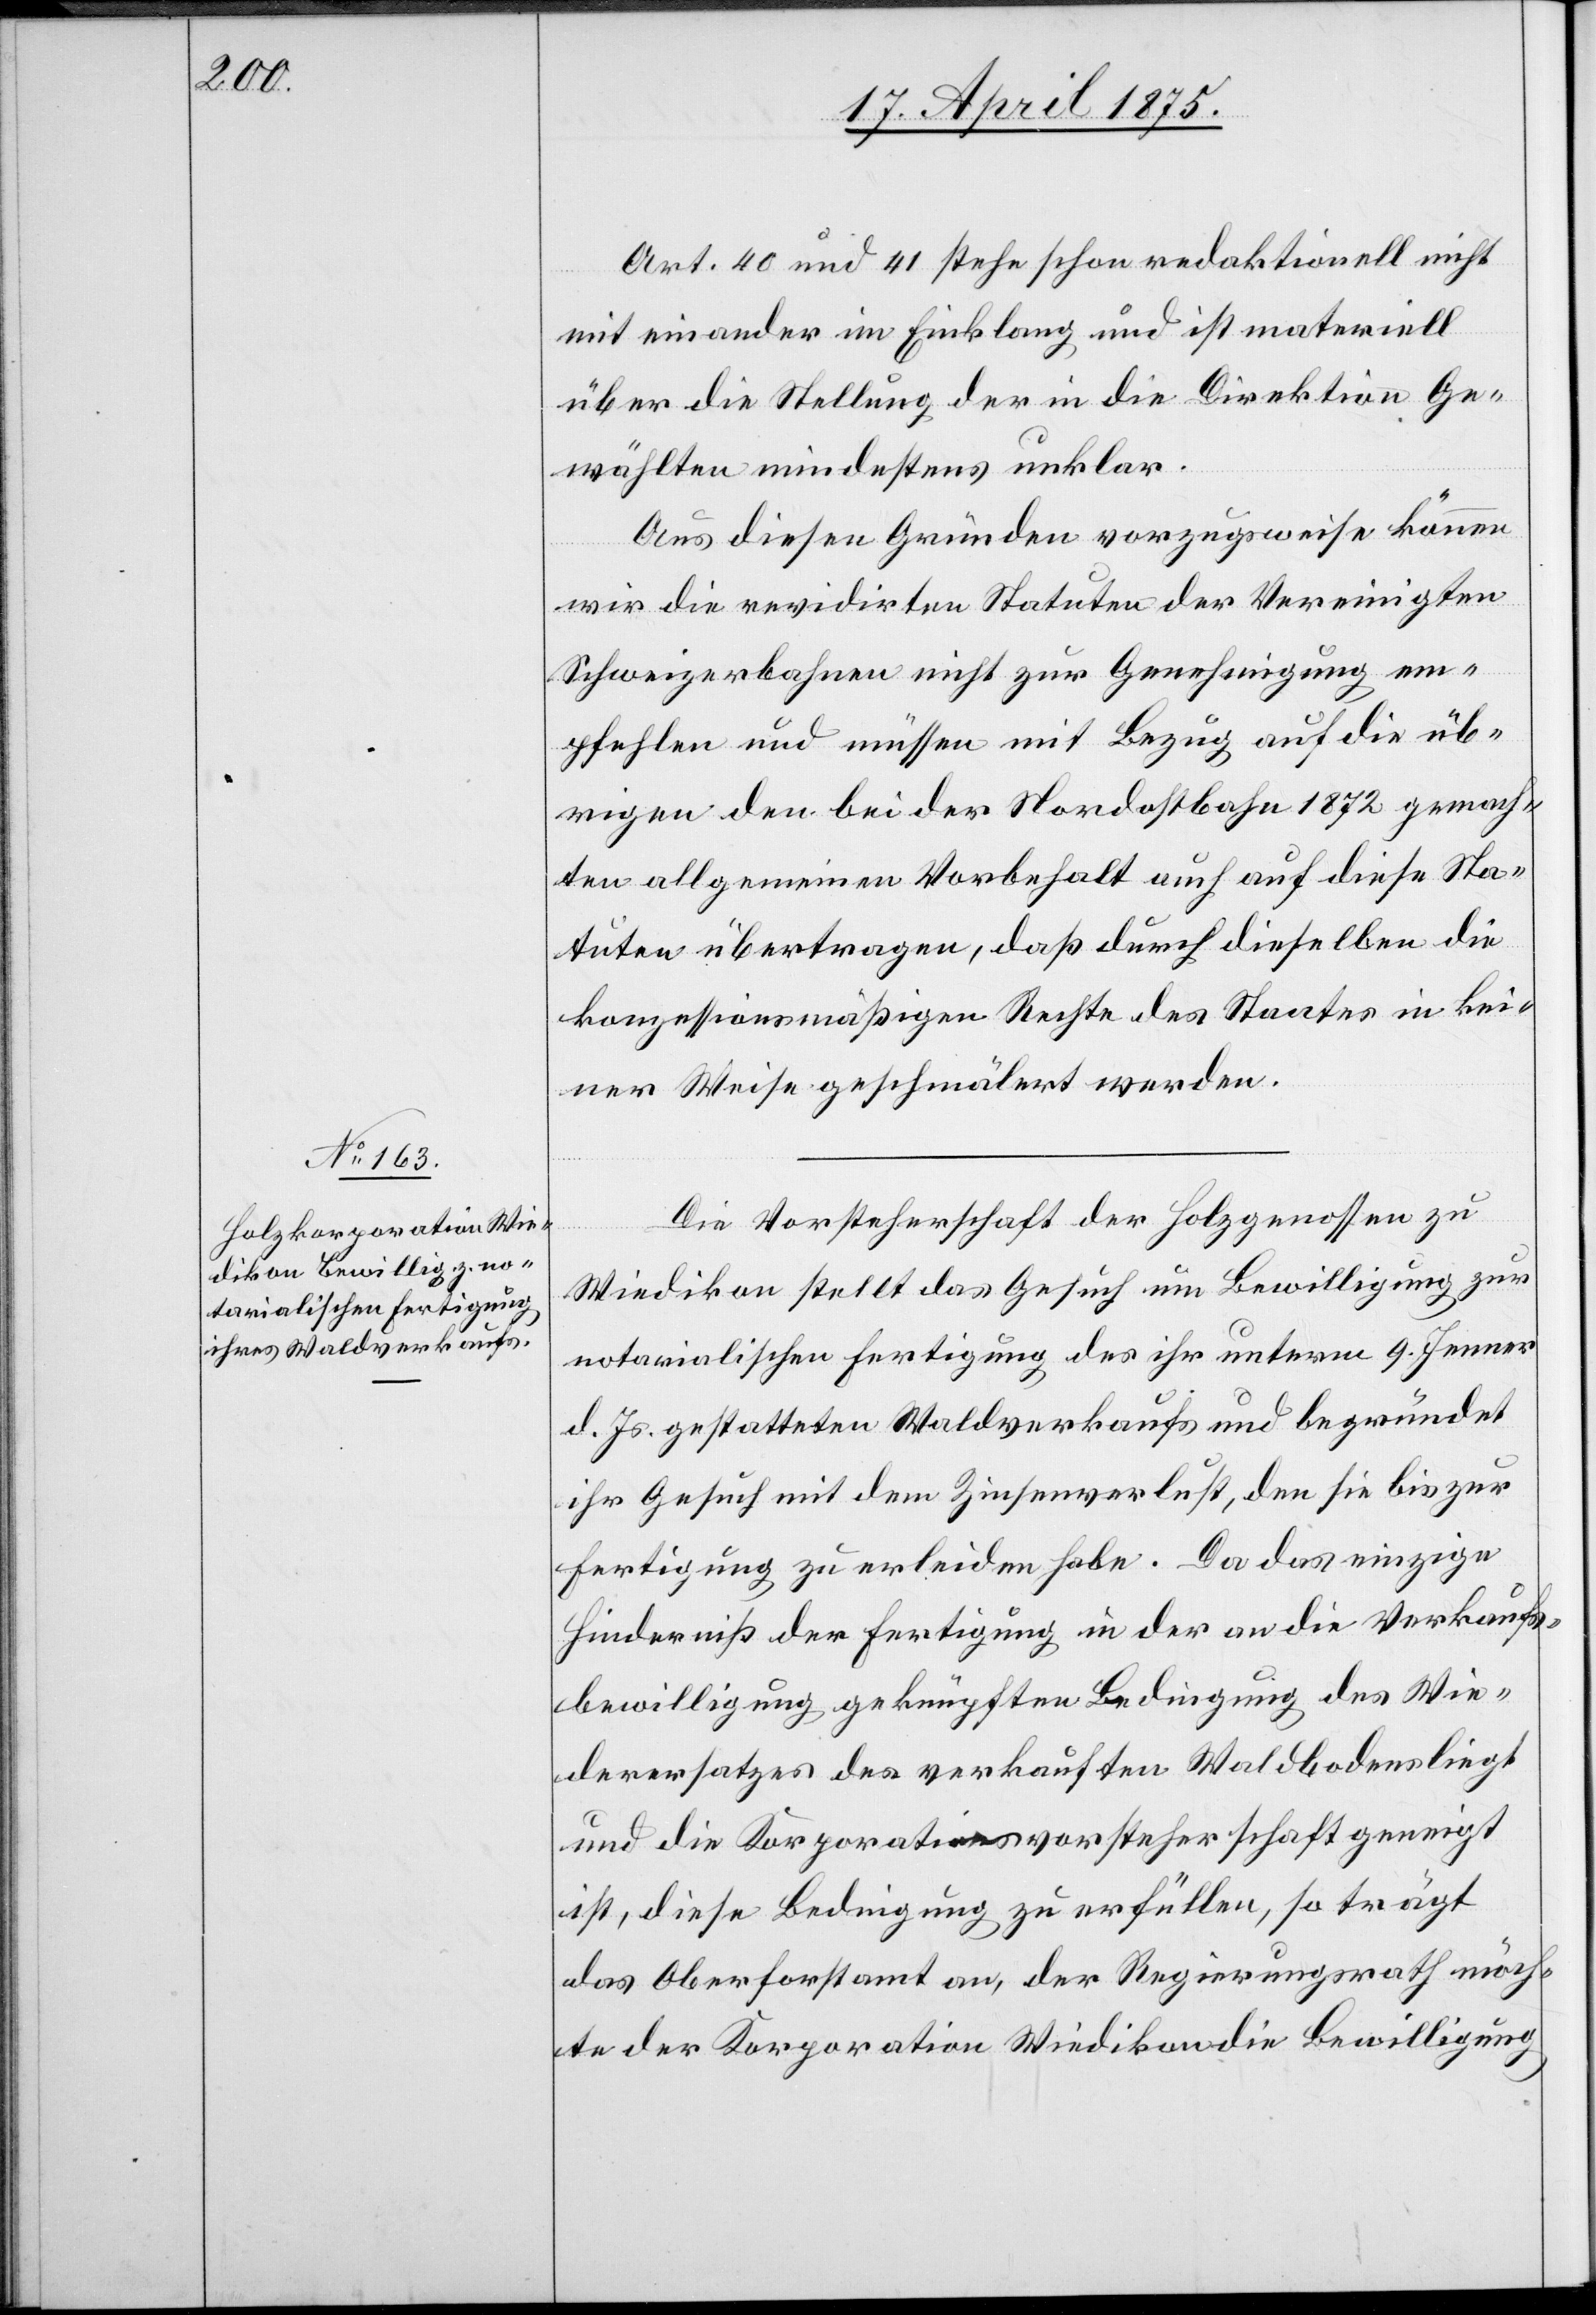
Art. 40 und 41 stehe schon redaktionell nicht
mit einander im Einklang und ist materiell
über die Stellung der in die Direktion Ge¬
wählten mindestens unklar.
Aus diesen Gründen vorzugsweise können
wir die revidirten Statuten der Vereinigten
Schweizerbahnen nicht zur Genehmigung em¬
pfehlen und müssen mit Bezug auf die üb¬
rigen den bei der Nordostbahn 1872 gemach¬
ten allgemeinen Vorbehalt auch auf diese Sta¬
tuten übertragen, daß durch dieselben die
konzessionsmäßigen Rechte des Staates in kei¬
ner Weise geschmälert werden.
Die Vorsteherschaft der Holzgenossen zu
Wiedikon stellt das Gesuch um Bewilligung zur
notarialischen Fertigung des ihr unterm 9. Jenner
d. Js. gestatteten Waldverkaufs und begründet
ihr Gesuch mit dem Zinsenverlust, den sie bis zur
Fertigung zu erleiden habe. Da das einzige
Hinderniß der Fertigung in der an die Verkaufs¬
bewilligung geknüpften Bedingung des Wie¬
derersatzes des verkauften Waldbodens liegt
und die Korporationsvorsteherschaft geneigt
ist, diese Bedingung zu erfüllen, so trägt
das Oberforstamt an, der Regierungsrath möch¬
te der Korporation Wiedikon die Bewilligung